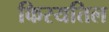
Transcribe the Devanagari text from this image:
किरयतिल